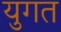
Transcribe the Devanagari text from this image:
युगत